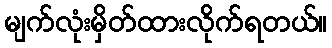
မျက်လုံးမှိတ်ထားလိုက်ရတယ်။